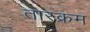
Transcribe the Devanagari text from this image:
तारक्रम